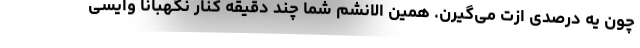
چون یه درصدی ازت می‌گیرن. همین الانشم شما چند دقیقه کنار نگهبانا وایسی